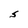
Character: S